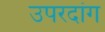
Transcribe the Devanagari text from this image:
उपरदांग